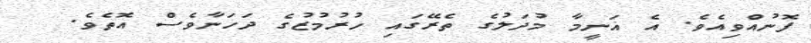
ފޮނުއްވިއެވެ. އެ ޣަނީމާ މުދަލުގެ ތެރޭގައި ހުރުމުޒުގެ ދަހަނާވެސް އޮތެވެ.